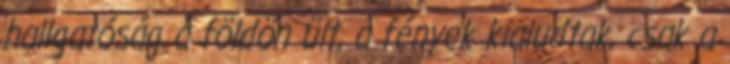
hallgatóság a földön ült, a fények kialudtak, csak a